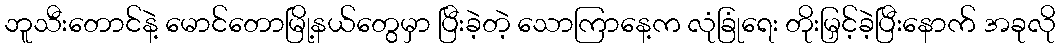
ဘူသီးတောင်နဲ့ မောင်တောမြို့နယ်တွေမှာ ပြီးခဲ့တဲ့ သောကြာနေ့က လုံခြုံရေး တိုးမြှင့်ခဲ့ပြီးနောက် အခုလို